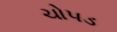
ચોપડ